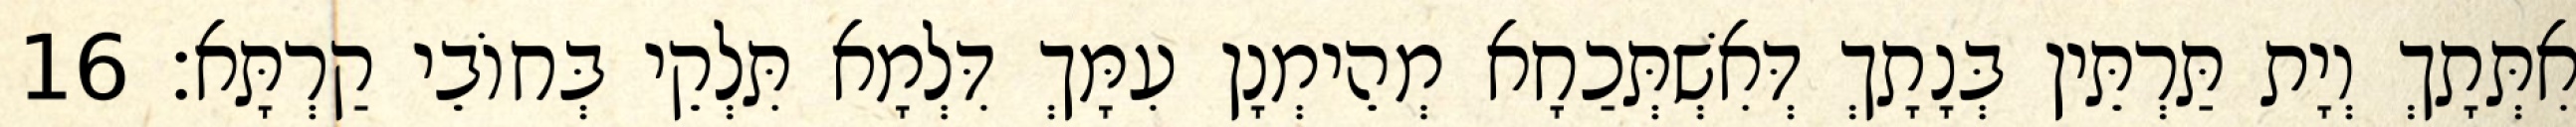
אִתְּתָךְ וְיָת תַּרְתֵּין בְּנָתָךְ דְּאִשְׁתְּכַחָא מְהֵימְנָן עִמָּךְ דִּלְמָא תִּלְקֵי בְּחוֹבֵי קַרְתָּא׃ 16